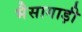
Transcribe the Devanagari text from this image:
भैसागाड़ी